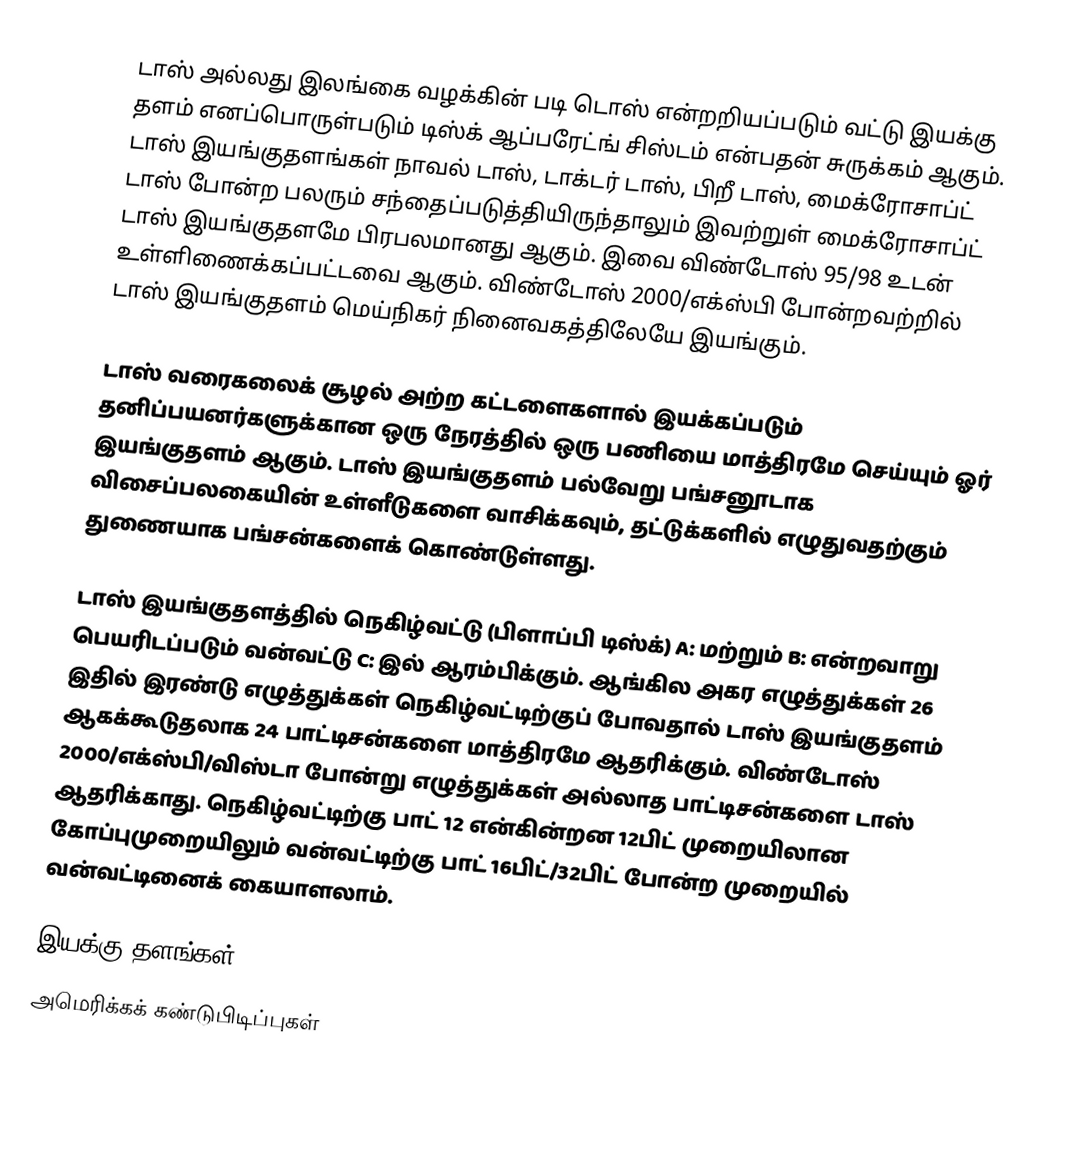
டாஸ் அல்லது இலங்கை வழக்கின் படி டொஸ் என்றறியப்படும் வட்டு இயக்கு தளம் எனப்பொருள்படும் டிஸ்க் ஆப்பரேட்ங் சிஸ்டம் என்பதன் சுருக்கம் ஆகும். டாஸ் இயங்குதளங்கள் நாவல் டாஸ், டாக்டர் டாஸ், பிறீ டாஸ், மைக்ரோசாப்ட் டாஸ் போன்ற பலரும் சந்தைப்படுத்தியிருந்தாலும் இவற்றுள் மைக்ரோசாப்ட் டாஸ் இயங்குதளமே பிரபலமானது ஆகும். இவை விண்டோஸ் 95/98 உடன் உள்ளிணைக்கப்பட்டவை ஆகும். விண்டோஸ் 2000/எக்ஸ்பி போன்றவற்றில் டாஸ் இயங்குதளம் மெய்நிகர் நினைவகத்திலேயே இயங்கும்.

டாஸ் வரைகலைக் சூழல் அற்ற கட்டளைகளால் இயக்கப்படும் தனிப்பயனர்களுக்கான ஒரு நேரத்தில் ஒரு பணியை மாத்திரமே செய்யும் ஓர் இயங்குதளம் ஆகும். டாஸ் இயங்குதளம் பல்வேறு பங்சனூடாக விசைப்பலகையின் உள்ளீடுகளை வாசிக்கவும், தட்டுக்களில் எழுதுவதற்கும் துணையாக பங்சன்களைக் கொண்டுள்ளது.

டாஸ் இயங்குதளத்தில் நெகிழ்வட்டு (பிளாப்பி டிஸ்க்) A: மற்றும் B: என்றவாறு பெயரிடப்படும் வன்வட்டு C: இல் ஆரம்பிக்கும். ஆங்கில அகர எழுத்துக்கள் 26 இதில் இரண்டு எழுத்துக்கள் நெகிழ்வட்டிற்குப் போவதால் டாஸ் இயங்குதளம் ஆகக்கூடுதலாக 24 பாட்டிசன்களை மாத்திரமே ஆதரிக்கும். விண்டோஸ் 2000/எக்ஸ்பி/விஸ்டா போன்று எழுத்துக்கள் அல்லாத பாட்டிசன்களை டாஸ் ஆதரிக்காது. நெகிழ்வட்டிற்கு பாட் 12 என்கின்றன 12பிட் முறையிலான கோப்புமுறையிலும் வன்வட்டிற்கு பாட் 16பிட்/32பிட் போன்ற முறையில் வன்வட்டினைக் கையாளலாம்.

இயக்கு தளங்கள்
அமெரிக்கக் கண்டுபிடிப்புகள்